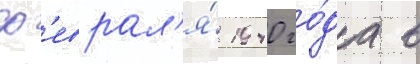
ф'еврал'я́ 1940 го́да в